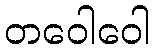
တဝေါဝေါ